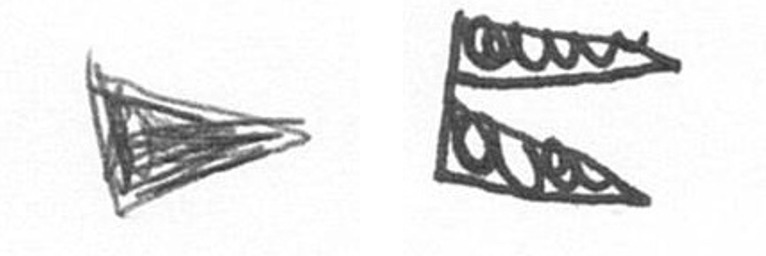
T P